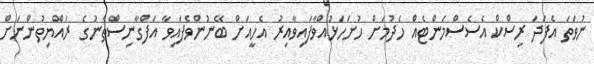
ނުވަތަ އެފަދަ ރިސްކް އެސެސްމަންޓެއް ހެދުމަށް ހުށަހަޅުއްވާފައިވާއިރު އެހީއަށް ބޭނުންވެފައިވާ އަފްގާނިސްތާނުގެ ރައްޔިތުންނަށް